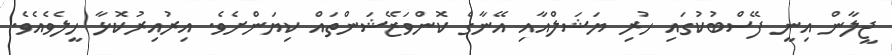
ޖީލާން އިނީ ފޭސްބުކުގައި ހުރި ޔަޝަލްއާއި އޭނާގެ ކޮންވަޒޭޝަންތައް ކިޔަންށެވެ. އިރުއިރުކޮޅާ ހީލެވެއެވެ.